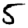
Digit: 5